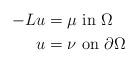
LaTeX: \begin{align*} -L u & =\mu\,\,\mbox{in}\,\,\Omega\\ u & =\nu \,\,\mbox{on}\,\,\partial\Omega \end{align*}